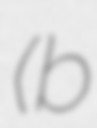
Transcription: (b